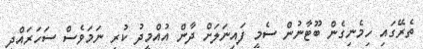
ތެރޭގައި ހިމެނިގެން ބޫޓާނުން ސެމީ ފައިނަލަށް ދާން އުއްމީދު ކުރި ނަމަވެސް ސަހަރައްދީ